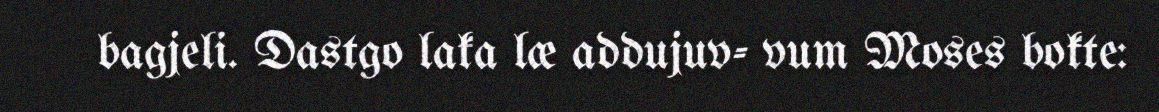
bagjeli. Dastgo laka læ addujuv- vum Moses bokte: